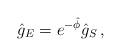
LaTeX: \begin{align*}{\hat g}_E = e^{-\hat \phi} {\hat g}_S\, ,\end{align*}